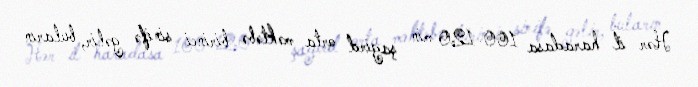
Hər il haradasa 100-120 min şagird orta məktəbə birinci sinifə gəlir, buların